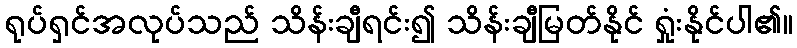
ရုပ်ရှင်အလုပ်သည် သိန်းချီရင်း၍ သိန်းချီမြတ်နိုင် ရှုံးနိုင်ပါ၏။